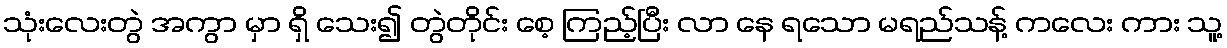
သုံးလေးတွဲ အကွာ မှာ ရှိ သေး၍ တွဲတိုင်း စေ့ ကြည့်ပြီး လာ နေ ရသော မရည်သန့် ကလေး ကား သူ့